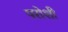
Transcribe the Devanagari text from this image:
परोशी